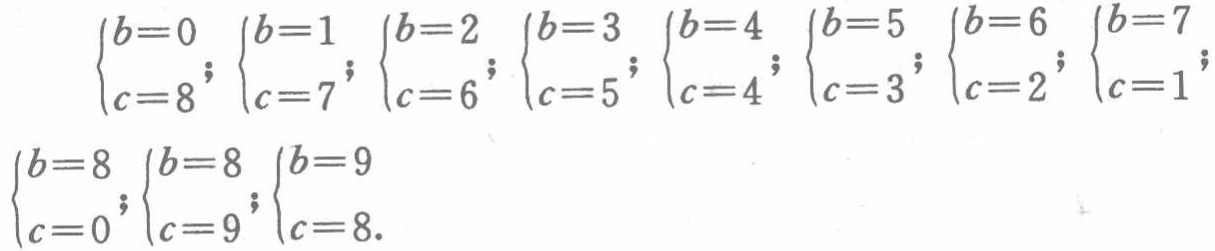
\[
\begin{cases}b = 0 \\ c = 8\end{cases};
\begin{cases}b = 1 \\ c = 7\end{cases};
\begin{cases}b = 2 \\ c = 6\end{cases};
\begin{cases}b = 3 \\ c = 5\end{cases};
\begin{cases}b = 4 \\ c = 4\end{cases};
\begin{cases}b = 5 \\ c = 3\end{cases};
\begin{cases}b = 6 \\ c = 2\end{cases};
\begin{cases}b = 7 \\ c = 1\end{cases};
\begin{cases}b = 8 \\ c = 0\end{cases};
\begin{cases}b = 8 \\ c = 9\end{cases};
\begin{cases}b = 9 \\ c = 8\end{cases}.
\]